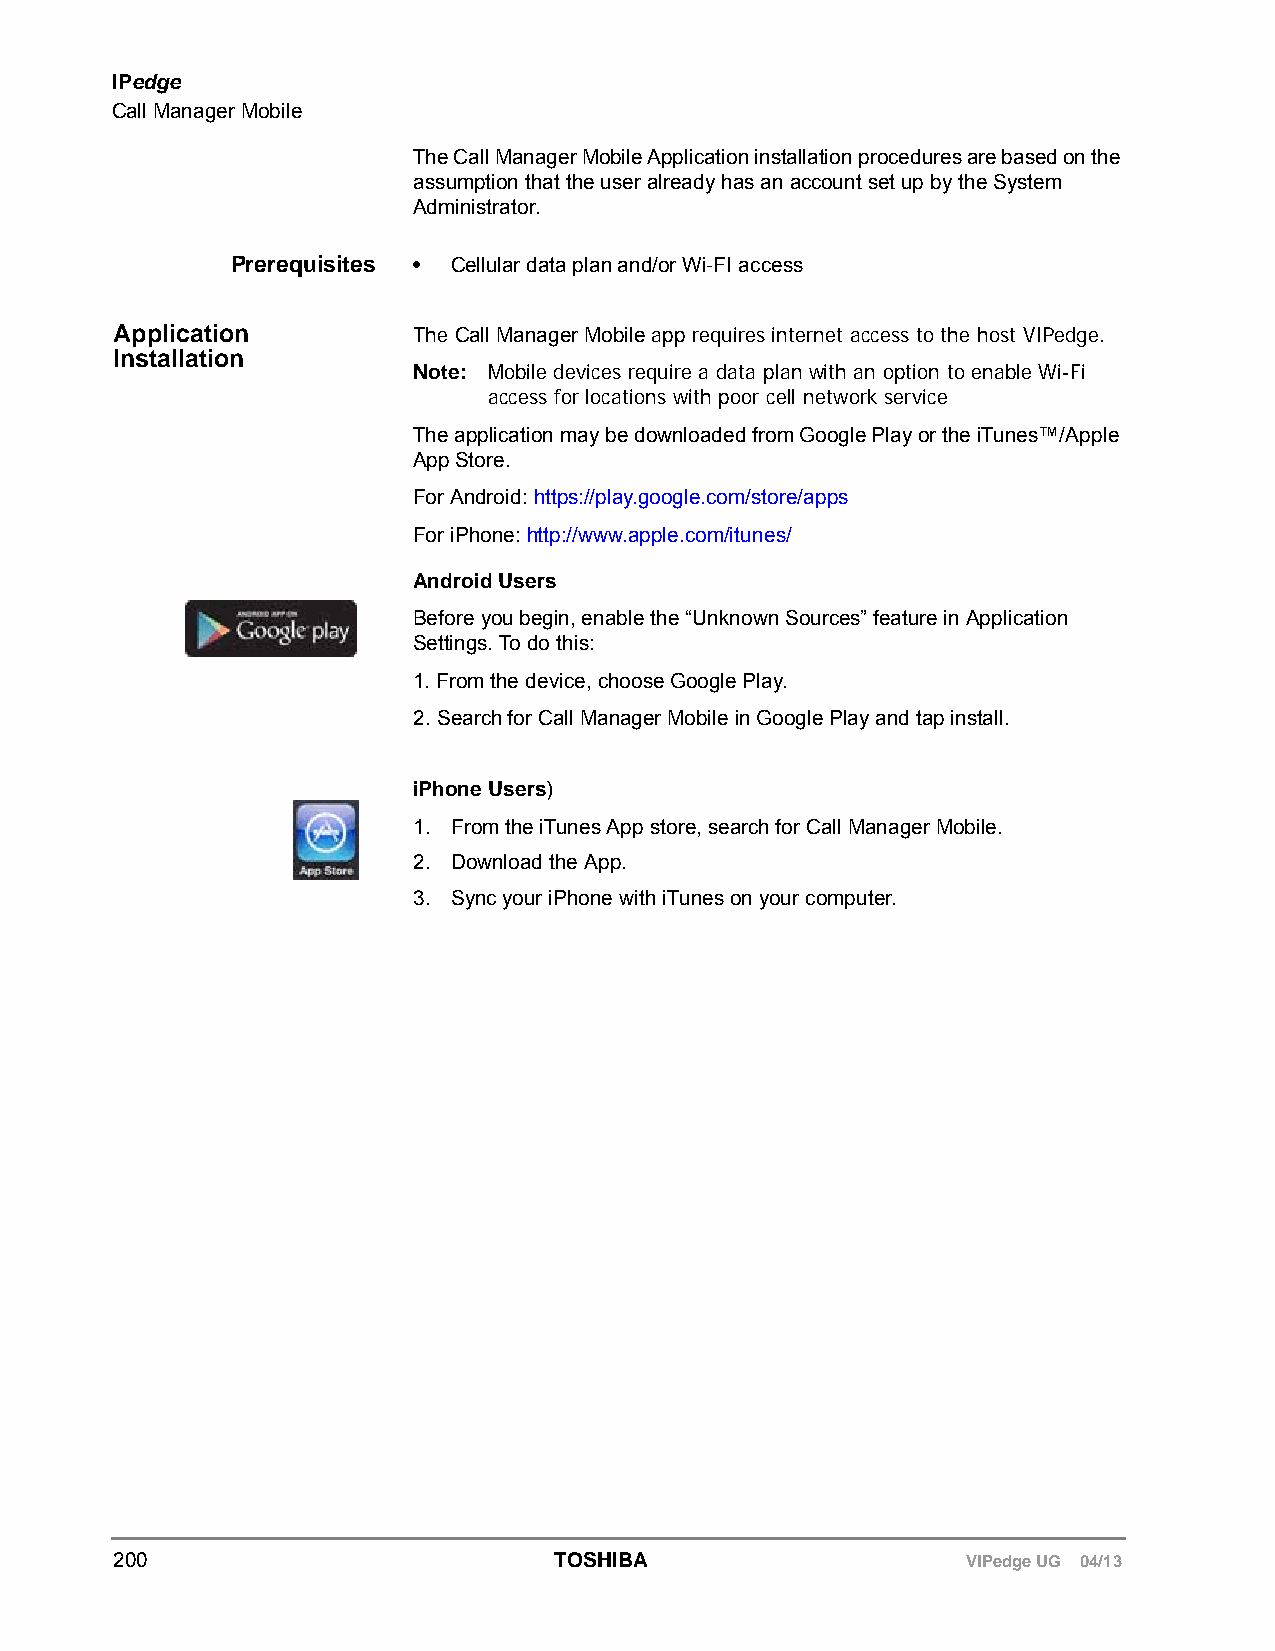
IPedge
 Call Manager Mobile
 The Call Manager Mobile Application installation procedures are based on the
 assumption that the user already has an account set up by the System
 Administrator.
 Prerequisites • Cellular data plan and/or Wi-FI access
 Application        The Call Manager Mobile app requires internet access to the host VIPedge.
 Installation
 Note: Mobile devices require a data plan with an option to enable Wi-Fi
 access for locations with poor cell network service
 The application may be downloaded from Google Play or the iTunes™/Apple
 App Store.
 For Android: https://play.google.com/store/apps
 For iPhone: http://www.apple.com/itunes/
 Android Users
 Before you begin, enable the “Unknown Sources” feature in Application
 Settings. To do this:
 1. From the device, choose Google Play.
 2. Search for Call Manager Mobile in Google Play and tap install.
 iPhone Users)
 1. From the iTunes App store, search for Call Manager Mobile.
 2. Download the App.
 3. Sync your iPhone with iTunes on your computer.
 200                          TOSHIBA                    VIPedge UG 04/13